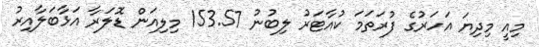
މިއީ މިދިޔަ އަހަރުގެ ފުރަތަމަ ކުއާޓަރު ލިބުނު 153.57 މިލިއަން ޑޮލަރާ އަޅާބަލާއިރު